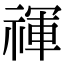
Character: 禈